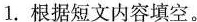
1.根据短文内容填空。